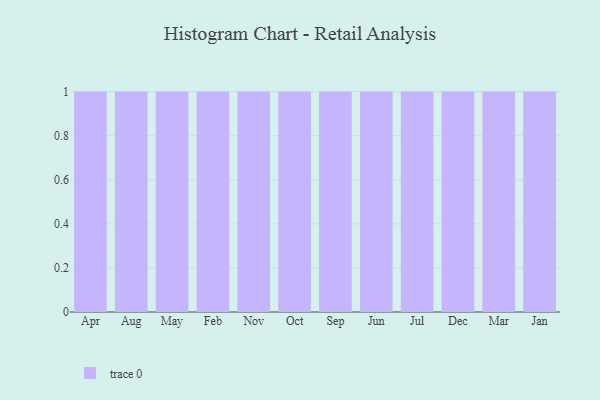
{"axis": {"x": "Month", "y": "Operating Costs (USD K)"}, "legend": [""], "data": [{"x": "Apr", "y": 3, "type": ""}, {"x": "Aug", "y": 41, "type": ""}, {"x": "May", "y": 20, "type": ""}, {"x": "Feb", "y": 19, "type": ""}, {"x": "Nov", "y": 33, "type": ""}, {"x": "Oct", "y": 38, "type": ""}, {"x": "Sep", "y": 43, "type": ""}, {"x": "Jun", "y": 49, "type": ""}, {"x": "Jul", "y": 42, "type": ""}, {"x": "Dec", "y": 7, "type": ""}, {"x": "Mar", "y": 45, "type": ""}, {"x": "Jan", "y": 65, "type": ""}]}